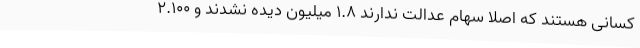
کسانی هستند که اصلا سهام عدالت ندارند 1.8 میلیون دیده نشدند و 2.100